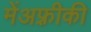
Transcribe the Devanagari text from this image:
मेंअफ़्रीकी